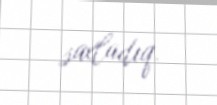
saxladıq.